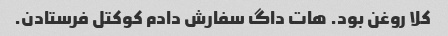
کلا روغن بود. هات داگ سفارش دادم کوکتل فرستادن.